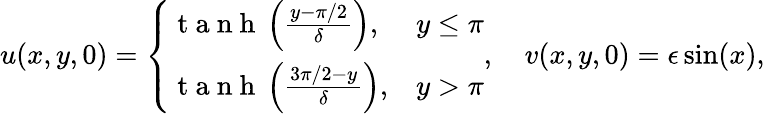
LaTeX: u(x,y,0)=\left\{ \begin{array}{ll}{\mathrm{~t~a~n~h~}\left(\frac{y-\pi/2}{\delta}\right),}&{y\leq\pi}\\ {\mathrm{~t~a~n~h~}\left(\frac{3\pi/2-y}{\delta}\right),}&{y>\pi}\end{array}\right.,\quad v(x,y,0)=\epsilon\sin(x),